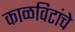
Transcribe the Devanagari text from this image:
काळविटांचे